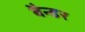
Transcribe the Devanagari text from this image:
बैन्डर